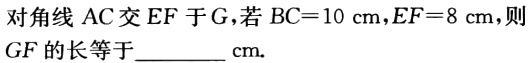
对角线 AC 交 EF 于 G，若 BC = 10 cm，EF = 8 cm，则

GF 的长等于________ cm.